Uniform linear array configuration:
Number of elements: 8
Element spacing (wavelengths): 0.5
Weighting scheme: exponential
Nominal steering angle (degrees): -45
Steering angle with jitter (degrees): -45.565
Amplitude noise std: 0.05
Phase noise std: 0.05

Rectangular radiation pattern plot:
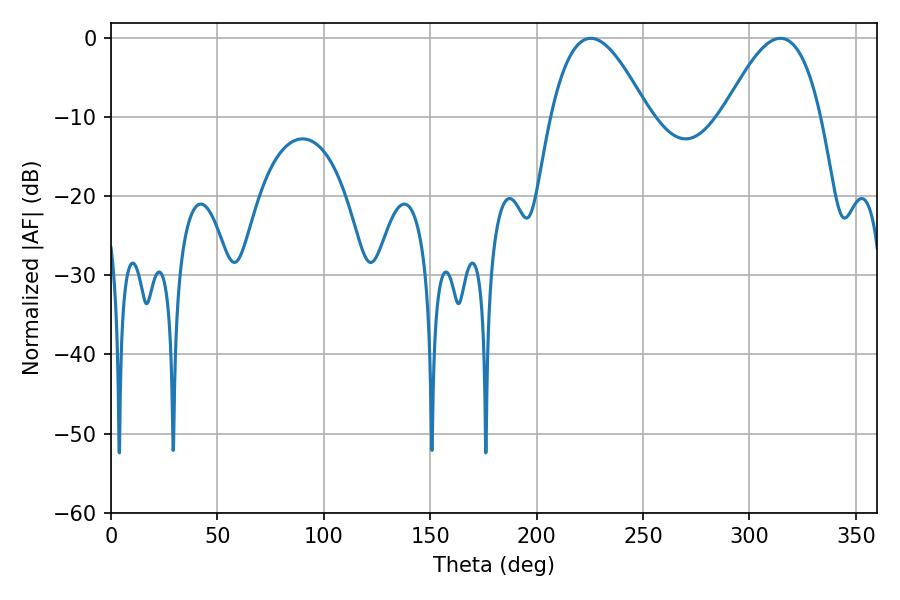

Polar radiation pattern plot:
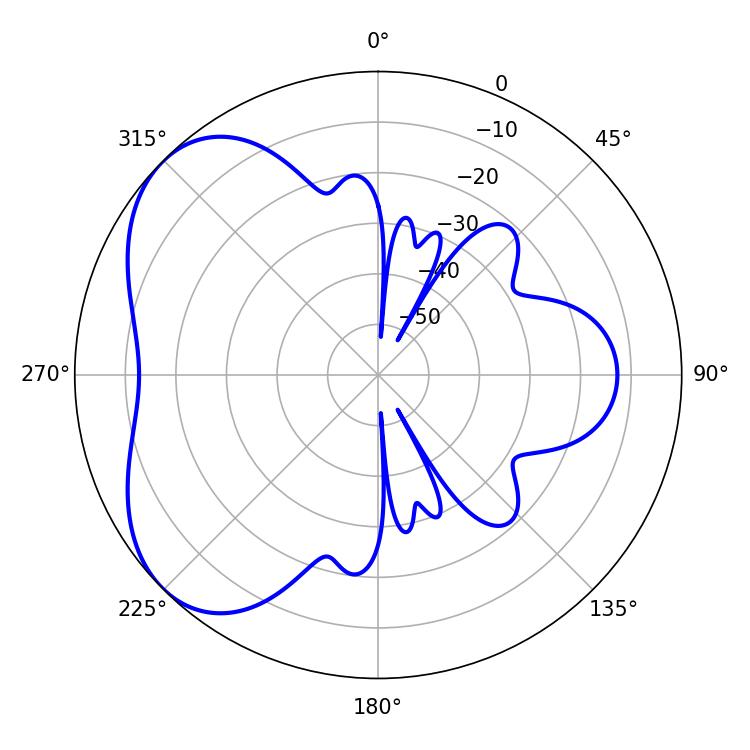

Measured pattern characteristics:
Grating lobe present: FALSE
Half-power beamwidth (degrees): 24.84
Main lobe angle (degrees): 225.36